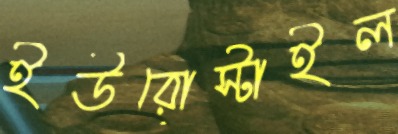
ইউরোস্টাইল